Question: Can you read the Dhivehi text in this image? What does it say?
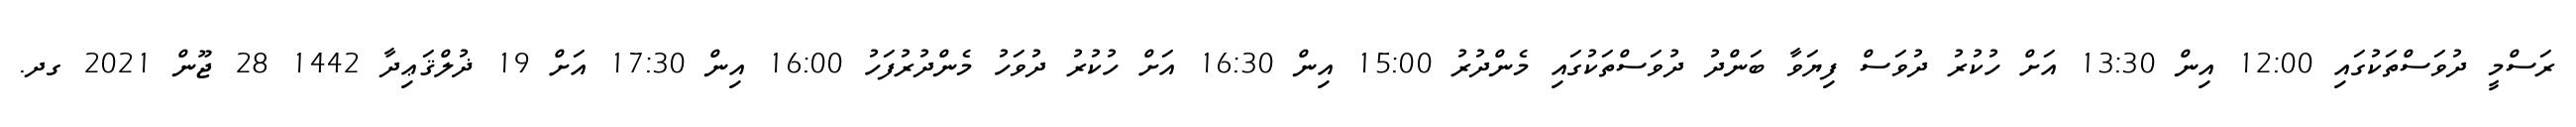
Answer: ރަސްމީ ދުވަސްތަކުގައި 12:00 އިން 13:30 އަށް ހުކުރު ދުވަސް ފިޔަވާ ބަންދު ދުވަސްތަކުގައި މެންދުރު 15:00 އިން 16:30 އަށް ހުކުރު ދުވަހު މެންދުރުފަހު 16:00 އިން 17:30 އަށް 19 ޛުލްޤަޢިދާ 1442 28 ޖޫން 2021 ގދ.